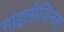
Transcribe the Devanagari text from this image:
माइलोजिनस